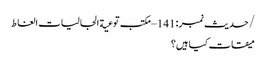
/حدیث نمبر :141 – مکتب توعیة الجالیات الغاط
میقات کیا ہیں؟